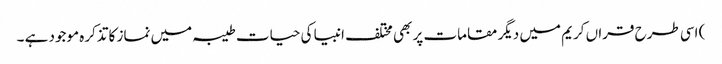
) اسی طرح قراں کریم میں دیگر مقامات پر بھی مختلف انبیا کی حیات طیبہ میں نماز کا تذکرہ موجود ہے ۔